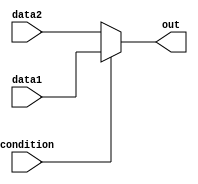
module conditional_assignment(
    input wire condition,
    input wire data1,
    input wire data2,
    output reg out
);

always @(*) begin
    if(condition) begin
        out = data1;
    end else begin
        out = data2;
    end
end

endmodule